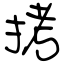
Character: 拷